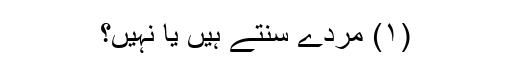
(۱) مردے سنتے ہیں یا نہیں؟